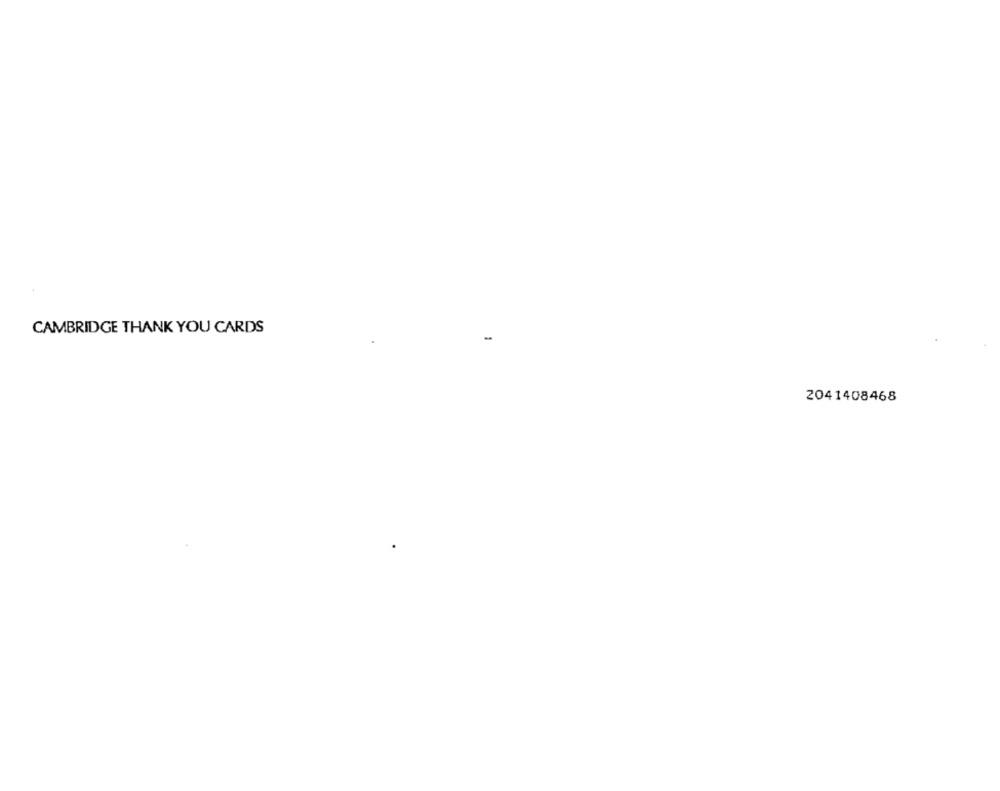
CAMBRIDGE THANK YOU CARDS
2041408468